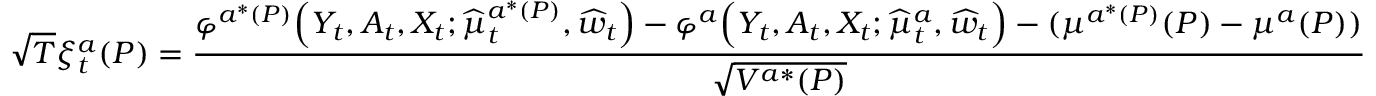
\sqrt { T } \xi _ { t } ^ { a } ( P ) = \frac { \varphi ^ { a ^ { * } ( P ) } \Big ( Y _ { t } , A _ { t } , X _ { t } ; \widehat { \mu } _ { t } ^ { a ^ { * } ( P ) } , \widehat { w } _ { t } \Big ) - \varphi ^ { a } \Big ( Y _ { t } , A _ { t } , X _ { t } ; \widehat { \mu } _ { t } ^ { a } , \widehat { w } _ { t } \Big ) - ( \mu ^ { a ^ { * } ( P ) } ( P ) - \mu ^ { a } ( P ) ) } { \sqrt { V ^ { a * } ( P ) } }